system: You are a helpful assistant.
user:
Analyze the provided spectrum to determine if it is a **White Dwarf (WD)**.

A White Dwarf spectrum is defined by its **extreme purity** (due to gravitational settling) and/or **extreme pressure broadening** (due to high surface gravity). You must check for one of the following mutually exclusive signatures:

- **Key Visual Indicators (Check for ONE of these types):**

    - **1. DA-Type Signature (Most Common):**
        - **(Primary Feature):** Extreme pressure broadening (Stark broadening) of the **Hydrogen (H) Balmer lines**.
        - **(Key Lines):** $H\beta$ (approx. $4861$ Å) and $H\gamma$ (approx. $4340$ Å). $H\alpha$ (approx. $6563$ Å) will also be present if the wavelength range covers it.
        - **(Line Profile):** This is the **defining feature**. The lines are **NOT** sharp. They appear as massive, **extremely broad and deep "troughs" or "dips"** in the spectrum, often hundreds of Ångströms wide. The continuum will appear to "scoop" down at these wavelengths.
        - **(Distinction):** Normal A-type or B-type stars have *narrow* and *sharp* Hydrogen lines. A DA White Dwarf's lines are unmistakably "smeared" or "blurry" from pressure.

    - **2. DB-Type Signature:**
        - **(Primary Feature):** Broad absorption lines from **Neutral Helium (He I)**. The spectrum must lack any visible Hydrogen lines.
        - **(Key Lines):** Look for broad absorption near $4471$ Å, $4921$ Å, and $5876$ Å.
        - **(Line Profile):** These lines are also significantly pressure-broadened, appearing much wider than they would in a normal B-type main-sequence star.

    - **3. DC-Type Signature:**
        - **(Primary Feature):** A **featureless continuous spectrum**.
        - **(Line Profile):** The spectrum is a smooth curve with **no significant absorption or emission lines**.
        - **(Key Confirmation):** The continuum is almost always **blue or white**, indicating a hot object. This signature implies the atmosphere is so pure (or so cool) that no spectral lines are visible in the optical range. Its WD identity is confirmed by its extremely low intrinsic brightness (high absolute magnitude).

    - **4. DZ-Type Signature (Metal-Polluted):**
        - **(Primary Feature):** **Isolated, narrow metal absorption lines** on an otherwise featureless (DC-like) continuum.
        - **(Key Lines):** The **Calcium (Ca II) H & K doublet** (approx. **$3934$ Å** and **$3968$ Å**) is the most common and defining feature.
        - **(Line Profile):** These lines are "out of place." They are *not* part of a "forest" of thousands of lines. This signature is evidence of recent *accretion* (pollution) from rocky debris.
        - **(Distinction):** Normal G/K/M stars have a *dense forest* of thousands of metal lines. A DZ has a *clean* continuum with *only a few* strong metal lines.

    - **5. DQ-Type Signature (Carbon-Polluted):**
        - **(Primary Feature):** Absorption bands from **Carbon (C₂ "Swan Bands" or atomic C I)**.
        - **(Key Lines - C₂):** Look for bandheads with a "saw-tooth" shape near $5635$ Å, **$5165$ Å** (strongest), and $4737$ Å.
        - **(Key Confirmation):** The underlying **continuum must be blue or white** (hot).
        - **(Distinction):** This is the critical difference from a **Carbon Star**, which has the *exact same* C₂ bands but on an extremely **red, cool** continuum.

- **(Overall Spectrum):**
    - The continuum (overall shape) is typically **blue-sloping** (brighter in the blue than the red), as most white dwarfs are very hot.
    - The spectrum will look "pure" or "simple," dominated by only *one* of the five signatures listed above.

Think first, call **spectral_visualization_tool** if needed to examine features in detail, then provide your final answer. Your response must adhere to the following strict rules:
1.  **Overall Structure:** Your response must follow the format `<think>...</think> <tool_call>...</tool_call> (if a tool is used) <answer>...</answer>`.
2.  **Tool Usage Constraint:** You may only make **one** tool call per turn.
3.  **Final Answer Format:** In the `<answer>` tag, your conclusion must be inside a `\boxed{}` command (e.g., `\boxed{YES}` or `\boxed{NO}`), followed by your justification.

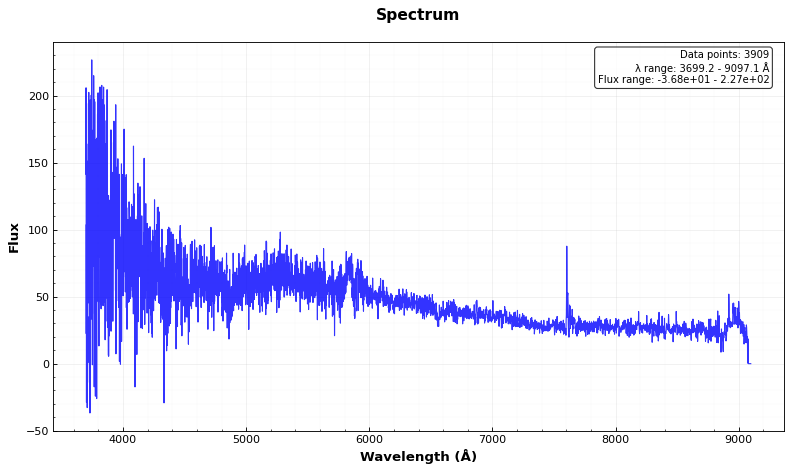
Answer: YES